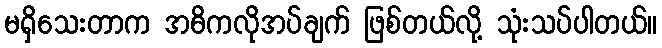
မရှိသေးတာက အဓိကလိုအပ်ချက် ဖြစ်တယ်လို့ သုံးသပ်ပါတယ်။